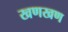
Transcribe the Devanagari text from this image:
खणखण